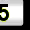
Digit: 5